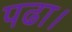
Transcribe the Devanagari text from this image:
पढा।